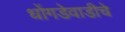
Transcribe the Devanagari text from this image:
धोंगडेवाडीचे